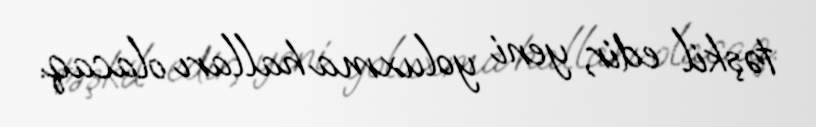
təşkil edir, yeni yoluxma halları olacaq.